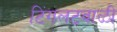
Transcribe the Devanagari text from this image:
टिंगलटवाळी